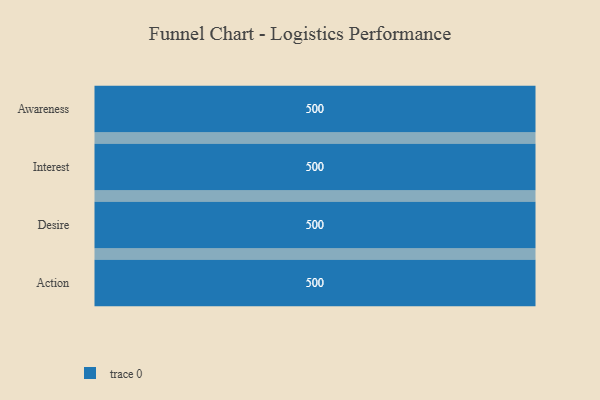
{"axis": {"x": "Stage", "y": "Value"}, "legend": [""], "data": [{"x": "Awareness", "y": 500, "type": ""}, {"x": "Interest", "y": 500, "type": ""}, {"x": "Desire", "y": 500, "type": ""}, {"x": "Action", "y": 500, "type": ""}]}